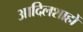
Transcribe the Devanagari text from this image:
आदिलशाहों